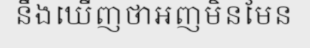
នឹងឃើញថាអញមិនមែន